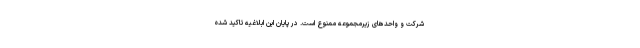
شرکت و واحد‌های زیرمجموعه ممنوع است. در پایان این ابلاغیه تاکید شده